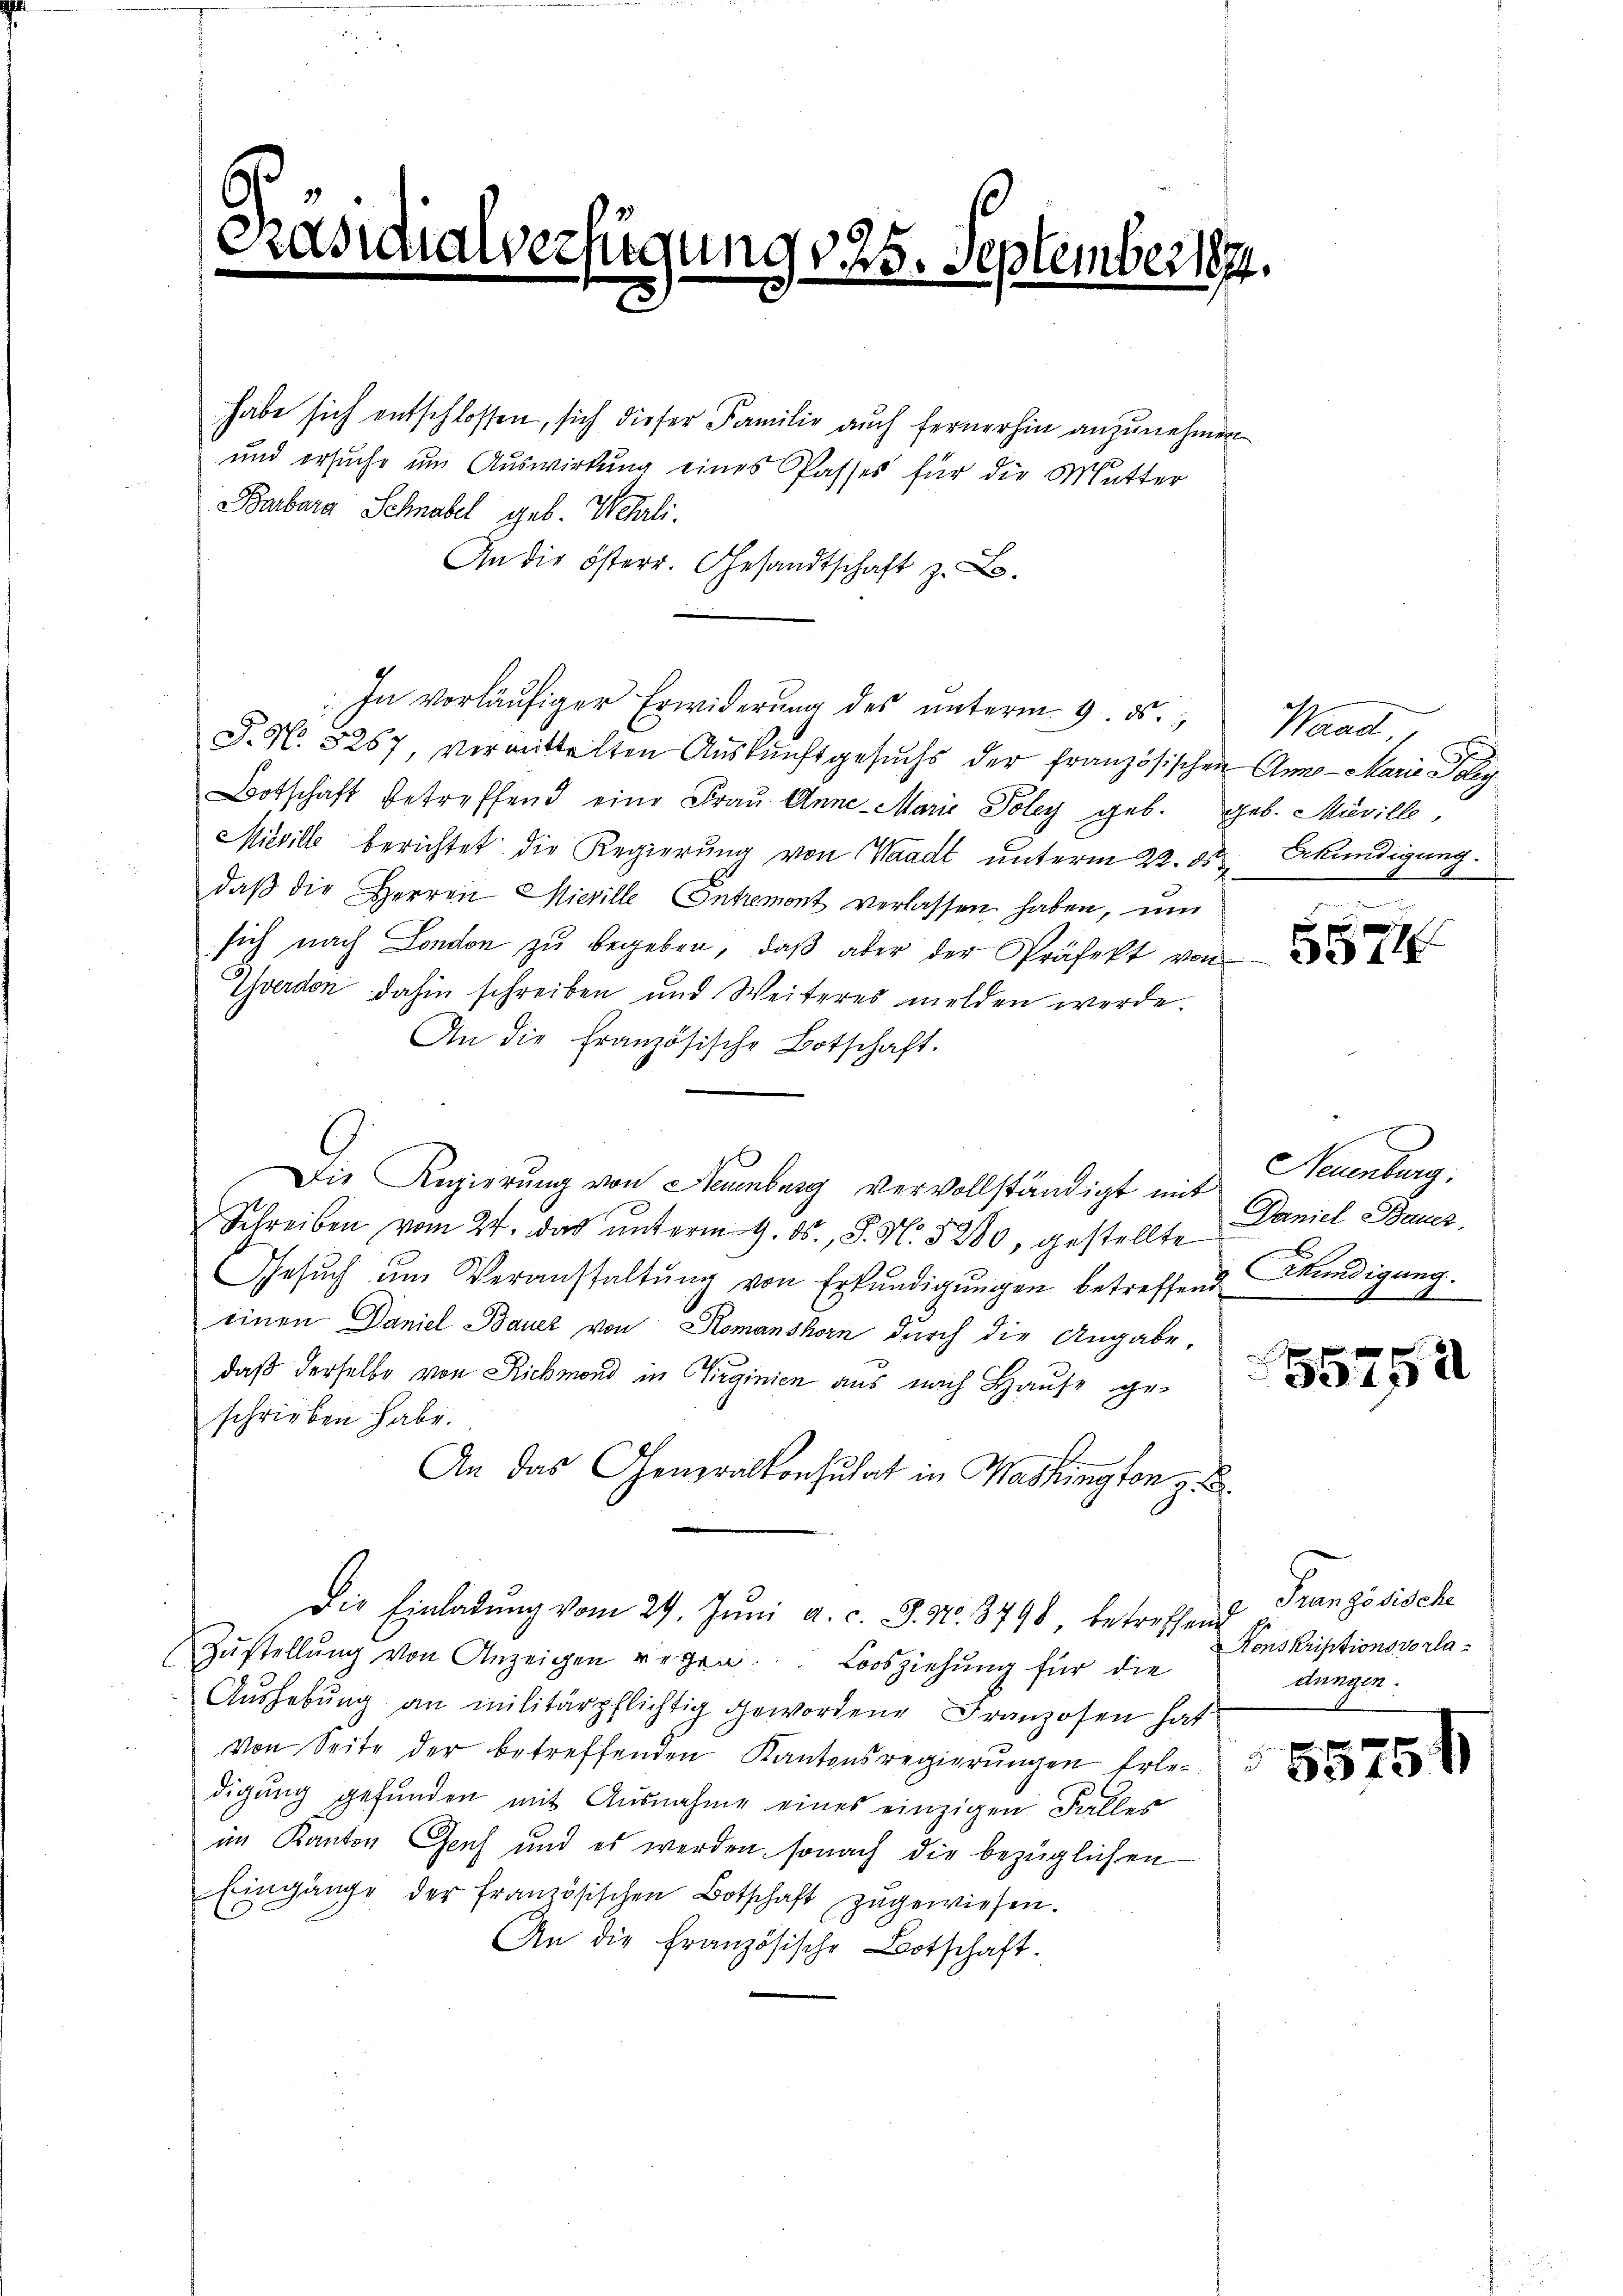
f

ügung 125. September
e

habe sich entschlossen, sich dieser Familie auch fernerhin anzunehmen
und ersuche um Auswirkung eines Passes für die Mutter
Barbara Schnabel geb. Wehrli
An die österr. Gesandtschaft z. B.
In vorläŭfiger Erwiderŭng des ŭnterm 9. ds.,
P. N. 5267, vermittelten Auskunftgesuchs der französischen Anna - Marie Poly
Botschaft betreffend eine Frau Anne-Marie Poley geb. geb. Meville,
Miville berichtet die Regierung von Waadt unterm 22. ds Erkundigung.
daß die Herren Wieville Contremont verlassen haben, um
sich nach London zu begeben, daß aber der Präfekt von
Yverdon dahin schreiben und Weiteres melden werde.
An die Französische Botschaft.
Die Regierung von Neuenburg vervollständigt mit
Schreiben vom 24. das ŭnterm 9. ds., S. N. 5280, gestellte Daniel Baues,
Gesŭch ŭm Veranstaltŭng von Erkŭndigŭngen betreffend
einen Daniel Bauer von Komanshorn durch die Angabe,
daß derselbe von Richmond in Girginien aus nach Hause geschrieben habe.
An das Generalkonsulat in Washington z. B.
Die Einladung vom 29. Juni a. c. J. No. 3798, betreffend Französische
Zŭstellŭng von Anzeigen regen. Loosziehung für die
Aŭshebŭng an militärpflichtig gewordene Franzosen hat
Von Seite der betreffenden Kantonsregierŭngen Erle-
digŭng gefŭnden mit Ausnahme eines einzigen Falles
im Kanton Genf und es werden, sonach die bezüglichen
Eingänge der französischen Botschaft zugewiesen.
An die Französische Botschäft.

Waadt,

3

.
5574

Neuenburg.
kündigung.

55752

Konskriptionsvorladungen.

55754